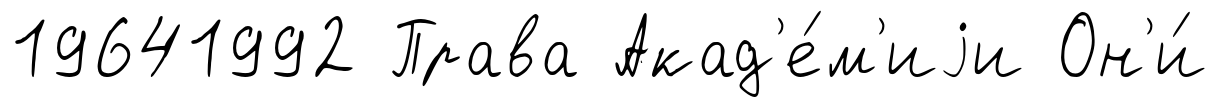
19641992 Права Акад'е́м'иjи Он'и́